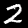
Digit: 2